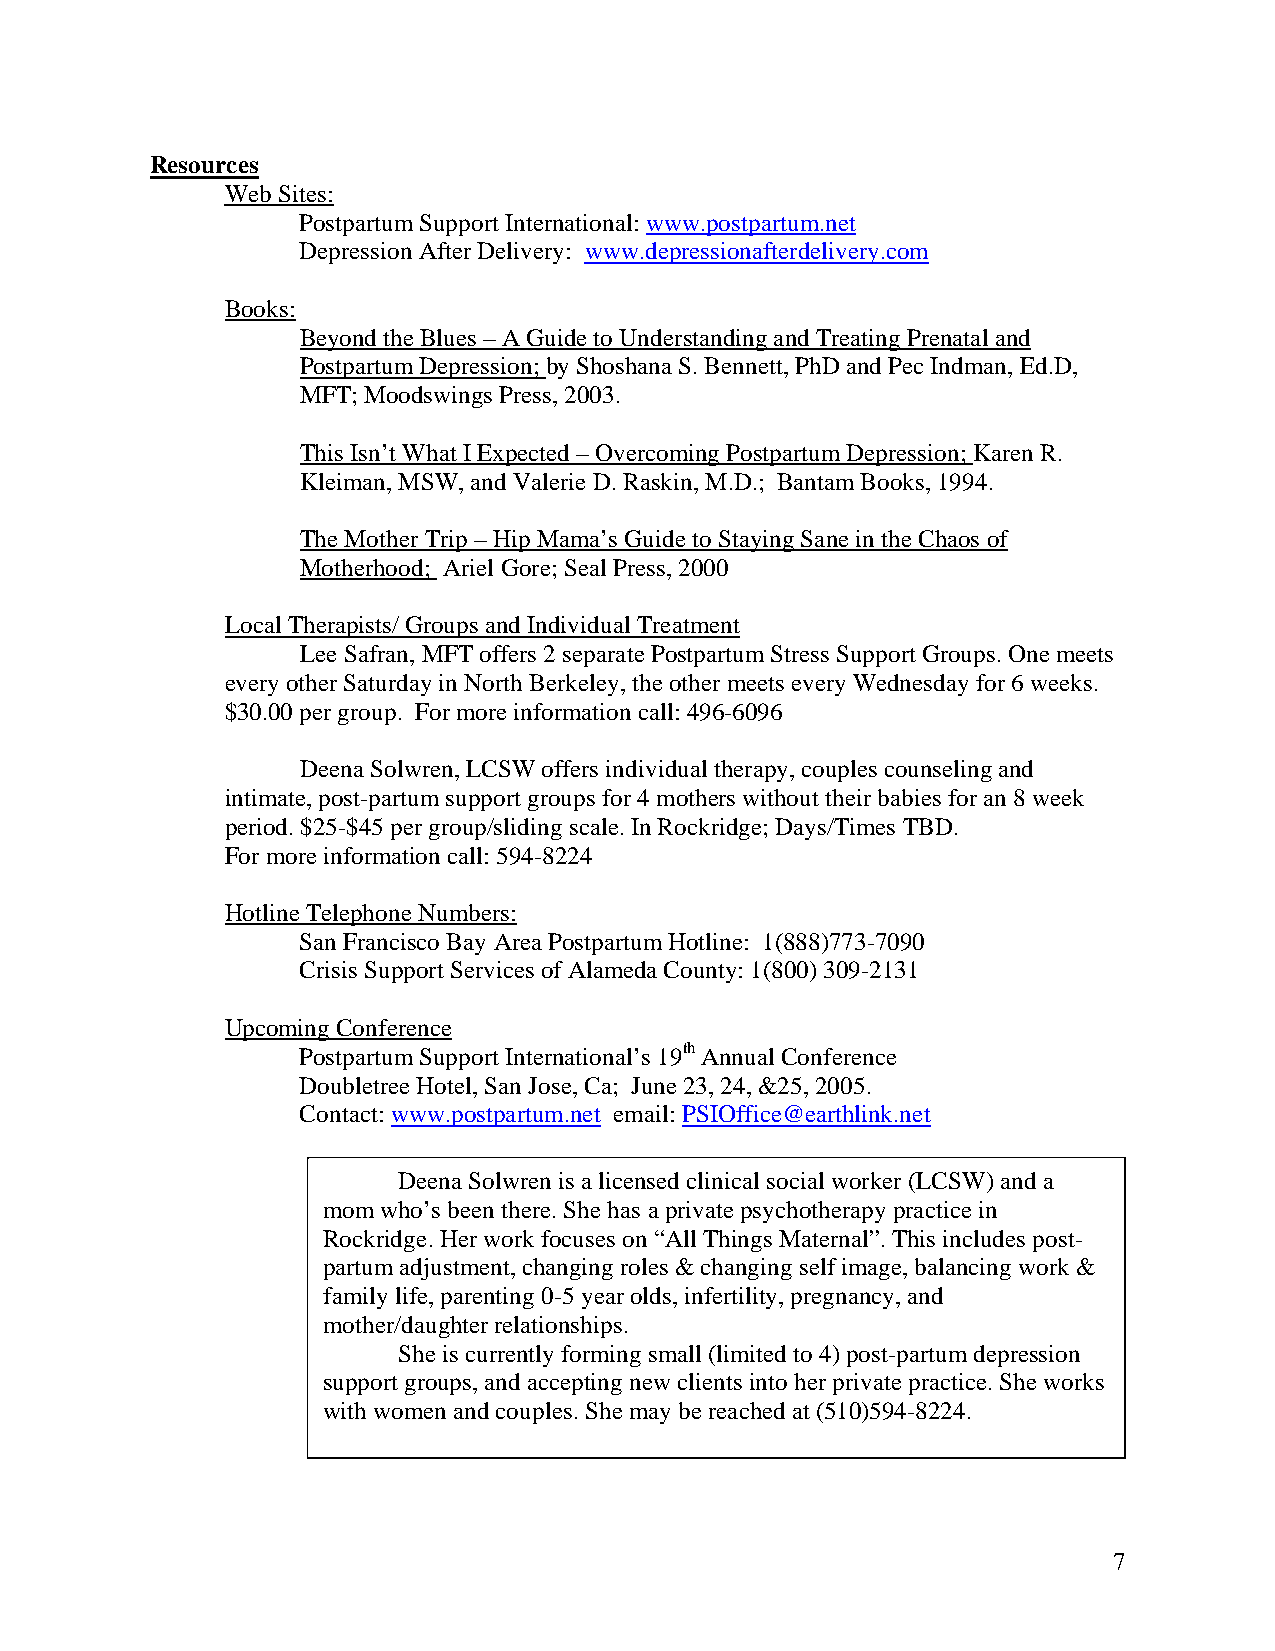
Resources
 Web Sites:
 Postpartum Support International: www.postpartum.net
 Depression After Delivery: www.depressionafterdelivery.com
 Books:
 Beyond the Blues – A Guide to Understanding and Treating Prenatal and
 Postpartum Depression; by Shoshana S. Bennett, PhD and Pec Indman, Ed.D,
 MFT; Moodswings Press, 2003.
 This Isn’t What I Expected – Overcoming Postpartum Depression; Karen R.
 Kleiman, MSW, and Valerie D. Raskin, M.D.; Bantam Books, 1994.
 The Mother Trip – Hip Mama’s Guide to Staying Sane in the Chaos of
 Motherhood; Ariel Gore; Seal Press, 2000
 Local Therapists/ Groups and Individual Treatment
 Lee Safran, MFT offers 2 separate Postpartum Stress Support Groups. One meets
 every other Saturday in North Berkeley, the other meets every Wednesday for 6 weeks.
 $30.00 per group. For more information call: 496-6096
 Deena Solwren, LCSW offers individual therapy, couples counseling and
 intimate, post-partum support groups for 4 mothers without their babies for an 8 week
 period. $25-$45 per group/sliding scale. In Rockridge; Days/Times TBD.
 For more information call: 594-8224
 Hotline Telephone Numbers:
 San Francisco Bay Area Postpartum Hotline: 1(888)773-7090
 Crisis Support Services of Alameda County: 1(800) 309-2131
 Upcoming Conference
 Postpartum Support International’s 19th Annual Conference
 Doubletree Hotel, San Jose, Ca; June 23, 24, &25, 2005.
 Contact: www.postpartum.net email: PSIOffice@earthlink.net
 Deena Solwren is a licensed clinical social worker (LCSW) and a
 mom who’s been there. She has a private psychotherapy practice in
 Rockridge. Her work focuses on “All Things Maternal”. This includes post-
 partum adjustment, changing roles & changing self image, balancing work &
 family life, parenting 0-5 year olds, infertility, pregnancy, and
 mother/daughter relationships.
 She is currently forming small (limited to 4) post-partum depression
 support groups, and accepting new clients into her private practice. She works
 with women and couples. She may be reached at (510)594-8224.
 7